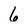
Character: 6